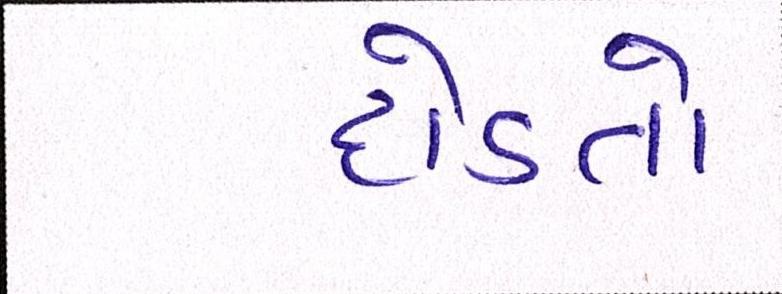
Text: દોડતો